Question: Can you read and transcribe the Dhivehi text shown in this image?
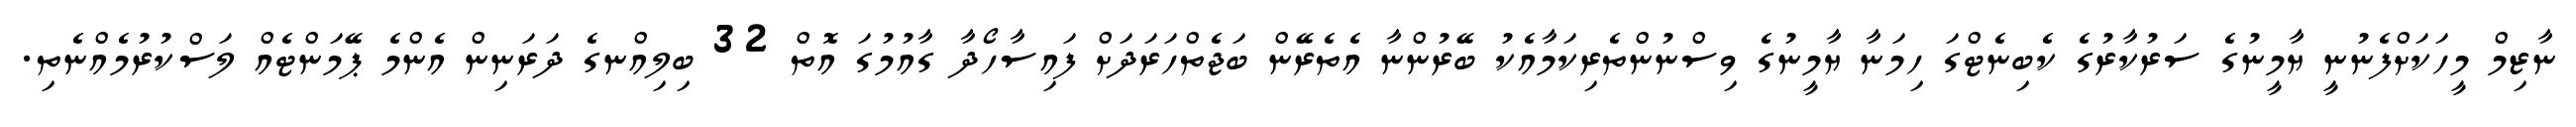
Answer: ނާޒިމް މީހަކަށްފެނުނީ ޔާމީނުގެ ސަރުކާރުގެ ކެބިނެޓްގަ ހިމަނާ ޔާމީނުގެ ވިސްނުންތެރިކަމާއެކު ބޭރުންނާ އެތެރޭން ބަޖެތްހަރަދަށް ފައިސާހޯދާ ގާއުމުގަ އޮތް 32 ބިލިއްނގެ ދަރަނިން އެންމެ ޕޭމަންޓެއް ލަސްކުރުމެއްނެތި.